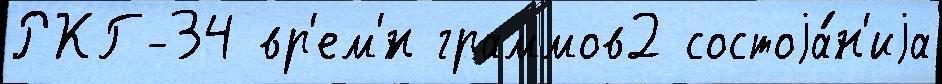
РКГ-34 вр'ем'́н граммов2 состоjа́н'иjа